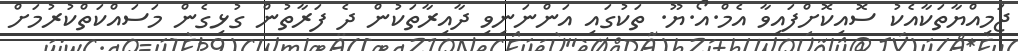
ޖަމިއްޔާތަކާއެކު ސޮއިކޮށްފައިވާ އެމް.އޯ.ޔޫ. ތަކުގައި އަންނަނިވި ދާއިރާތަކުން ދެ ފަރާތުން ގުޅިގެން މަސައްކަތްކުރުމަށް